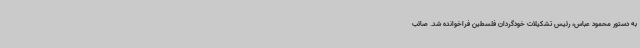
به دستور محمود عباس، رئیس تشکیلات خودگردان فلسطین فراخوانده شد. صائب